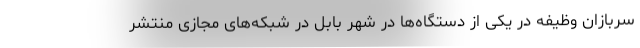
سربازان وظیفه در یکی از دستگاه‌ها در شهر بابل در شبکه‌های مجازی منتشر